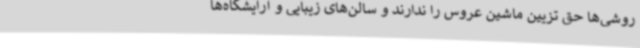
روشی‌ها حق تزیین ماشین عروس را ندارند و سالن‌های زیبایی و آرایشگاه‌ها